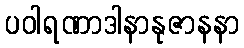
ပဝါရဏာဒါနာနုဇာနနာ